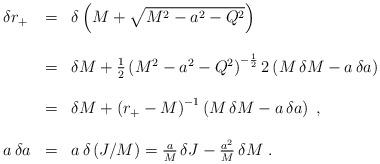
LaTeX: \begin{align*}\begin{array}{lll}\delta r_+&=&\delta\left(M+\sqrt{M^2-a^2-Q^2}\right)\\\\&=&\delta M+{1\over2}\,{\left(M^2-a^2-Q^2\right)}^{-{1\over2}}\,2\left(M\,\delta M-a\,\delta a\right)\\\\&=&\delta M+{\left(r_+-M\right)}^{-1}\left(M\,\delta M-a\,\delta a\right)\;,\\\\a\,\delta a&=&a\,\delta\left(J/M\right)={a\over M}\,\delta J-{a^2\over M}\,\delta M\;.\end{array}\end{align*}